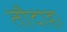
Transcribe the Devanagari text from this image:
तौदाहा